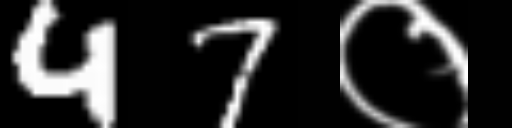
Text: 47०